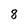
Character: 8